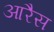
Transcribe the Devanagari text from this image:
आरैस